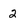
Character: 2